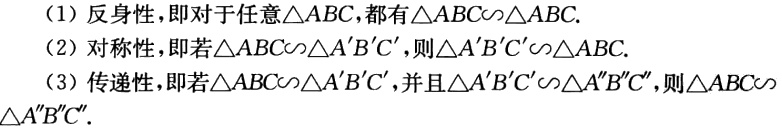
（1）反身性，即对于任意\(\triangle ABC\)，都有\(\triangle ABC\sim\triangle ABC\).

（2）对称性，即若\(\triangle ABC\sim\triangle A'B'C'\)，则\(\triangle A'B'C'\sim\triangle ABC\).

（3）传递性，即若\(\triangle ABC\sim\triangle A'B'C'\)，并且\(\triangle A'B'C'\sim\triangle A''B''C''\)，则\(ABC\sim\triangle A''B''C''\).